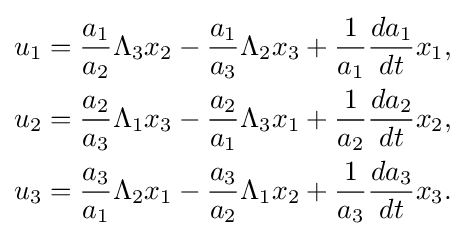
{\begin{aligned}u_{1}&={\frac {a_{1}}{a_{2}}}\Lambda _{3}x_{2}-{\frac {a_{1}}{a_{3}}}\Lambda _{2}x_{3}+{\frac {1}{a_{1}}}{\frac {da_{1}}{dt}}x_{1},\\u_{2}&={\frac {a_{2}}{a_{3}}}\Lambda _{1}x_{3}-{\frac {a_{2}}{a_{1}}}\Lambda _{3}x_{1}+{\frac {1}{a_{2}}}{\frac {da_{2}}{dt}}x_{2},\\u_{3}&={\frac {a_{3}}{a_{1}}}\Lambda _{2}x_{1}-{\frac {a_{3}}{a_{2}}}\Lambda _{1}x_{2}+{\frac {1}{a_{3}}}{\frac {da_{3}}{dt}}x_{3}.\end{aligned}}